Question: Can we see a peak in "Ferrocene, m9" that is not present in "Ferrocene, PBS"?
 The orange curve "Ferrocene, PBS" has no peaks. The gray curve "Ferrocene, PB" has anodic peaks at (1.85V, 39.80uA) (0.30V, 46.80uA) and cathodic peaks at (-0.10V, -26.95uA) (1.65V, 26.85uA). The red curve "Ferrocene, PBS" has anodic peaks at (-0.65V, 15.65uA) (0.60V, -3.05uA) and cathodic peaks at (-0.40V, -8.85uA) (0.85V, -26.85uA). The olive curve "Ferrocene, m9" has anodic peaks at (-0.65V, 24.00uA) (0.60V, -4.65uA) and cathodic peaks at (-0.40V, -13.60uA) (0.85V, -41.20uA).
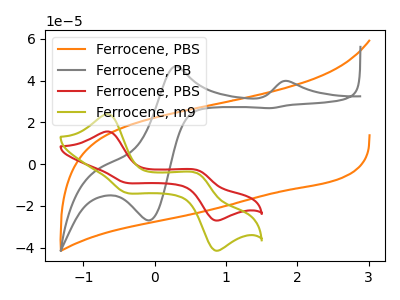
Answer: <think>All the peaks in "Ferrocene, m9" have a peak in "Ferrocene, PBS" at the same potential.
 </think>
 <answer>No, "Ferrocene, m9" and "Ferrocene, PBS" don't appear to be significantly different in shape</answer>
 <eval>no_change</eval>